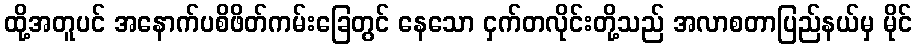
ထို့အတူပင် အနောက်ပစိဖိတ်ကမ်းခြေတွင် နေသော ငှက်တလိုင်းတို့သည် အလာစတာပြည်နယ်မှ မိုင်